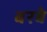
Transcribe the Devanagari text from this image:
बरबे